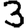
Digit: 3